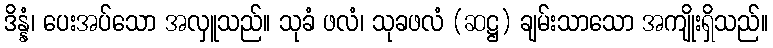
ဒိန္နံ၊ ပေးအပ်သော အလှူသည်။ သုခံ ဖလံ၊ သုခဖလံ (ဆဋ္ဌ) ချမ်းသာသော အကျိုးရှိသည်။